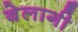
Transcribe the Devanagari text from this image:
बेलागी